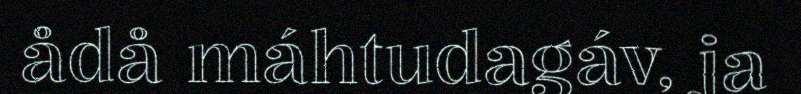
ådå máhtudagáv, ja